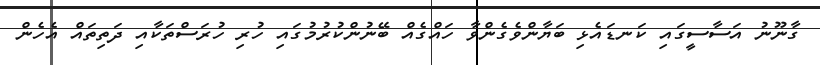
ގާނޫނު އަސާސީގައި ކަނޑައެޅި ބަޔާންވެގެންވާ ހައްގެއް ބޭނުންކުރުމުގައި ހުރި ހުރަސްތަކާއި ދަތިތައް އެހެން